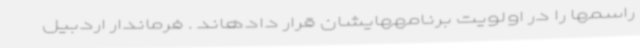
راسمها را در اولویت برنامههایشان قرار دادهاند ‌. فرماندار اردبیل